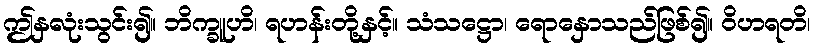
ဤနှလုံးသွင်း၍။ ဘိက္ခူဟိ၊ ရဟန်းတို့နှင့်။ သံသဋ္ဌော၊ ရောနှောသည်ဖြစ်၍။ ဝိဟရတိ၊